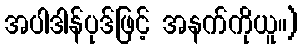
အပါဒါန်ပုဒ်ဖြင့် အနက်ကိုယူ။)